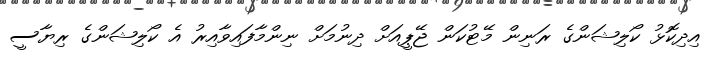
އިދިކޮޅު ކޯލިޝަންގެ ރަނިން މޭޓުކަން ޖޭޕީއަށް ދިނުމަށް ނިންމާފައިވާއިރު އެ ކޯލިޝަންގެ ރިޔާސީ